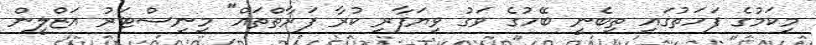
މިކަމުގެ ފަހަތުގައި ތިބެނީ ބޭހުގެ ވަގު ވިޔަފާރި ކުރާ ފަރާތްތައް" މިނިސްޓަރު އަޒްލީން